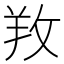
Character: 䍩